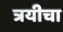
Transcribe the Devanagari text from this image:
त्रयीचा